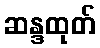
ဆန္ဒထုတ်